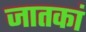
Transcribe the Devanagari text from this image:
जातकां